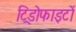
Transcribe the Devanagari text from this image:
ट्रिडोफाइटों